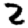
Digit: 2